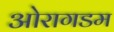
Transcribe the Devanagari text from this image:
ओरागडम